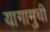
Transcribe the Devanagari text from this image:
यागामुची